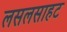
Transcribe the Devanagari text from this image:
लसलसाहट